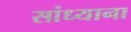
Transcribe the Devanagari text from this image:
सांध्याना